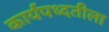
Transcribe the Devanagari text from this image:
कार्यपध्दतीला